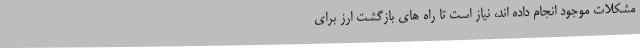
مشکلات موجود انجام داده اند، نیاز است تا راه های بازگشت ارز برای